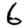
Digit: 6